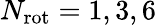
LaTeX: N_{\mathrm{rot}}=1,3,6